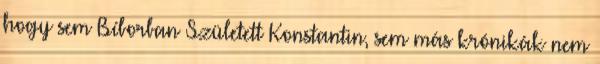
hogy sem Bíborban Született Konstantin, sem más krónikák nem